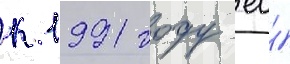
к 1991 году ео́